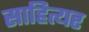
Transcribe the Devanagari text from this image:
साहित्यर